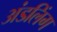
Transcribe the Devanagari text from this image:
अंडलिंग